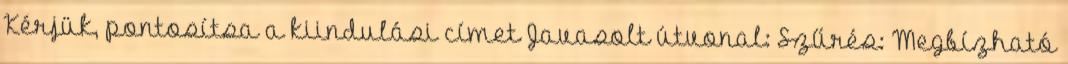
Kérjük, pontosítsa a kiindulási címet Javasolt útvonal: Szűrés: Megbízható